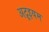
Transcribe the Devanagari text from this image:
अट्रूइयम